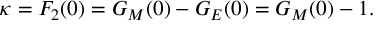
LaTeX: \kappa = F _ { 2 } ( 0 ) = G _ { M } ( 0 ) - G _ { E } ( 0 ) = G _ { M } ( 0 ) - 1 .